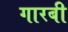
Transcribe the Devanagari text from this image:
गारबी